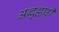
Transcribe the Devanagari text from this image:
अब्दुल्लाही